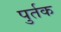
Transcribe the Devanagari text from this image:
पुर्तक